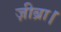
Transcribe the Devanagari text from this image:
ज़ीब्रा।